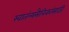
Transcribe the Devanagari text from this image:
स्वातंत्र्यसैनिकांसाठी